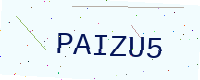
Text: PAIZU5